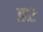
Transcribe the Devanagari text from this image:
ड२